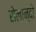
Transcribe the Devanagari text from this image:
रोलान्दो